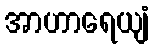
အာဟာရေယျံ